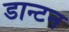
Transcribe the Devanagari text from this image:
डान्टन